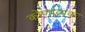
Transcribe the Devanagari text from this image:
कोणात्मक